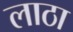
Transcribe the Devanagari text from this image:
लाठा